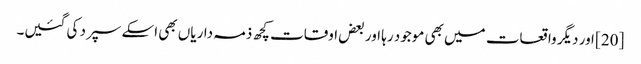
[20] اور دیگر واقعات میں بھی موجود رہا اور بعض اوقات کچھ ذمہ داریاں بھی اسکے سپرد کی گئیں۔